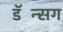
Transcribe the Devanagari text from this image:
डॅन्सिंग